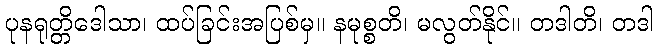
ပုနရုတ္တိဒေါသာ၊ ထပ်ခြင်းအပြစ်မှ။ နမုစ္စတိ၊ မလွတ်နိုင်။ တဒါတိ၊ တဒါ